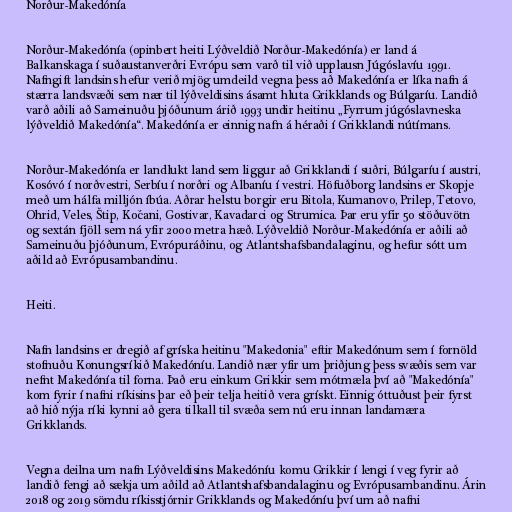
Norður-Makedónía

Norður-Makedónía (opinbert heiti Lýðveldið Norður-Makedónía) er land á
Balkanskaga í suðaustanverðri Evrópu sem varð til við upplausn Júgóslavíu 1991.
Nafngift landsins hefur verið mjög umdeild vegna þess að Makedónía er líka nafn á
stærra landsvæði sem nær til lýðveldisins ásamt hluta Grikklands og Búlgaríu. Landið
varð aðili að Sameinuðu þjóðunum árið 1993 undir heitinu „Fyrrum júgóslavneska
lýðveldið Makedónía“. Makedónía er einnig nafn á héraði í Grikklandi nútímans.

Norður-Makedónía er landlukt land sem liggur að Grikklandi í suðri, Búlgaríu í austri,
Kosóvó í norðvestri, Serbíu í norðri og Albaníu í vestri. Höfuðborg landsins er Skopje
með um hálfa milljón íbúa. Aðrar helstu borgir eru Bitola, Kumanovo, Prilep, Tetovo,
Ohrid, Veles, Štip, Kočani, Gostivar, Kavadarci og Strumica. Þar eru yfir 50 stöðuvötn
og sextán fjöll sem ná yfir 2000 metra hæð. Lýðveldið Norður-Makedónía er aðili að
Sameinuðu þjóðunum, Evrópuráðinu, og Atlantshafsbandalaginu, og hefur sótt um
aðild að Evrópusambandinu.

Heiti.

Nafn landsins er dregið af gríska heitinu "Makedonia" eftir Makedónum sem í fornöld
stofnuðu Konungsríkið Makedóníu. Landið nær yfir um þriðjung þess svæðis sem var
nefnt Makedónía til forna. Það eru einkum Grikkir sem mótmæla því að "Makedónía"
kom fyrir í nafni ríkisins þar eð þeir telja heitið vera grískt. Einnig óttuðust þeir fyrst
að hið nýja ríki kynni að gera tilkall til svæða sem nú eru innan landamæra
Grikklands.

Vegna deilna um nafn Lýðveldisins Makedóníu komu Grikkir í lengi í veg fyrir að
landið fengi að sækja um aðild að Atlantshafsbandalaginu og Evrópusambandinu. Árin
2018 og 2019 sömdu ríkisstjórnir Grikklands og Makedóníu því um að nafni